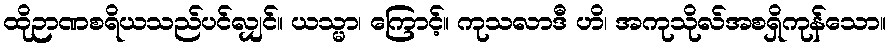
ထိုဉာဏစရိယသည်ပင်လျှင်။ ယသ္မာ၊ ကြောင့်။ ကုသလာဒီ ဟိ၊ အကုသိုလ်အစရှိကုန်သော။